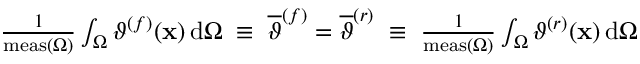
\begin{array} { r l } & { \frac { 1 } { \mathrm { m e a s } ( \Omega ) } \int _ { \Omega } \vartheta ^ { ( f ) } ( \mathbf { x } ) \, \mathrm { d } \Omega \; \equiv \; \overline { { \vartheta } } ^ { ( f ) } = \overline { { \vartheta } } ^ { ( r ) } \; \equiv \; \frac { 1 } { \mathrm { m e a s } ( \Omega ) } \int _ { \Omega } \vartheta ^ { ( r ) } ( \mathbf { x } ) \, \mathrm { d } \Omega } \end{array}